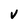
Character: V